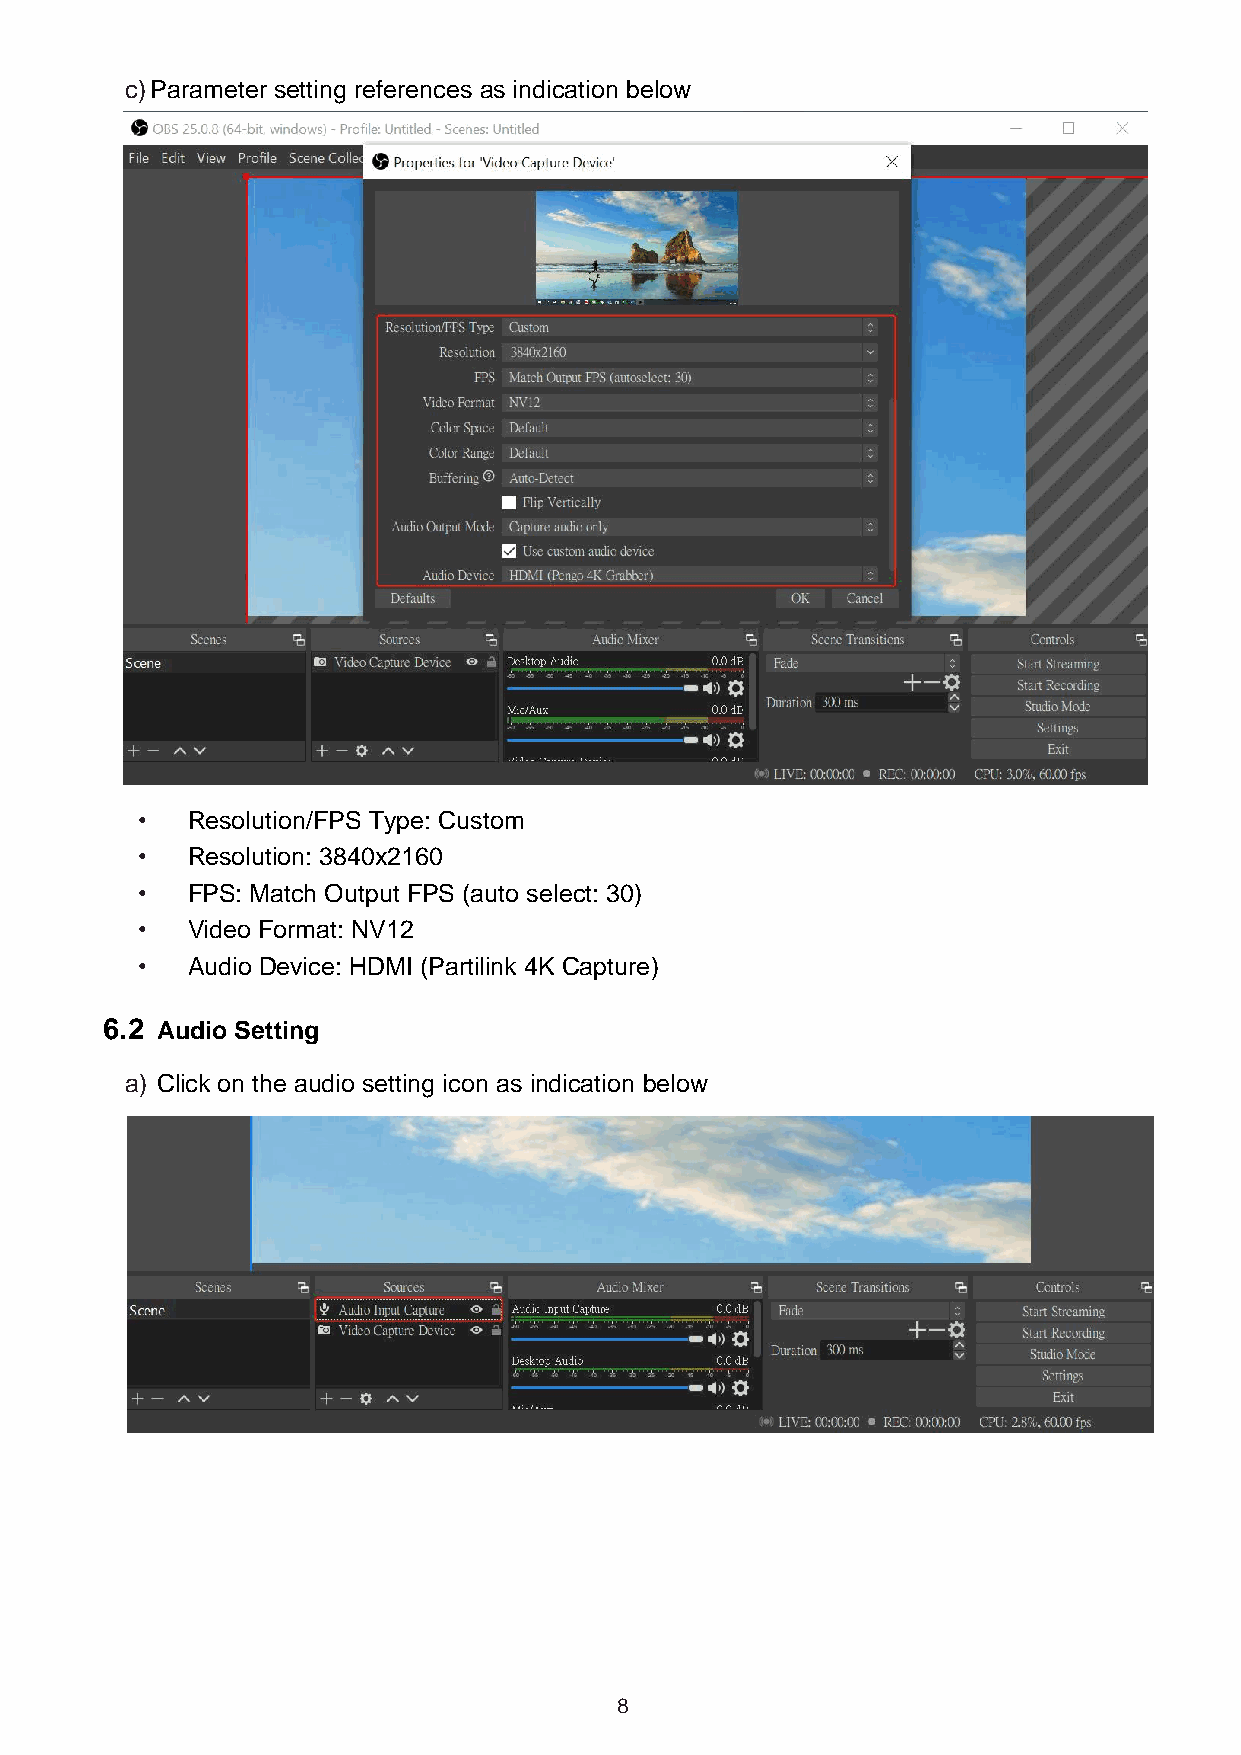
c) Parameter setting references as indication below
 •  Resolution/FPS Type: Custom
 •  Resolution: 3840x2160
 •  FPS: Match Output FPS (auto select: 30)
 •  Video Format: NV12
 •  Audio Device: HDMI (Partilink 4K Capture)
 6.2 Audio Setting
 a) Click on the audio setting icon as indication below
 8